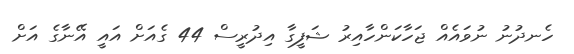
ހެނދުނު ނުވައެއް ޖަހާކަންހާއިރު ޝަފީގާ އިދުރީސް 44 ގެއަށް އައީ އޭނާގެ އަށް